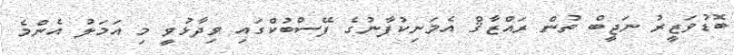
ބޮޑުވަޒީރު ނަޖީބް ތުން ރައްޒާޤް އެމަނިކުފާނުގެ ފޭސްބުކްގައި ވިދާޅުވީ މި އަމަލު އެންމެ